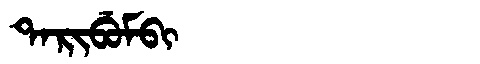
Manchu: ᡨᠠᡵᡳᠪᡠᠮᠪᡳ
Romanization: TARIBUMBI